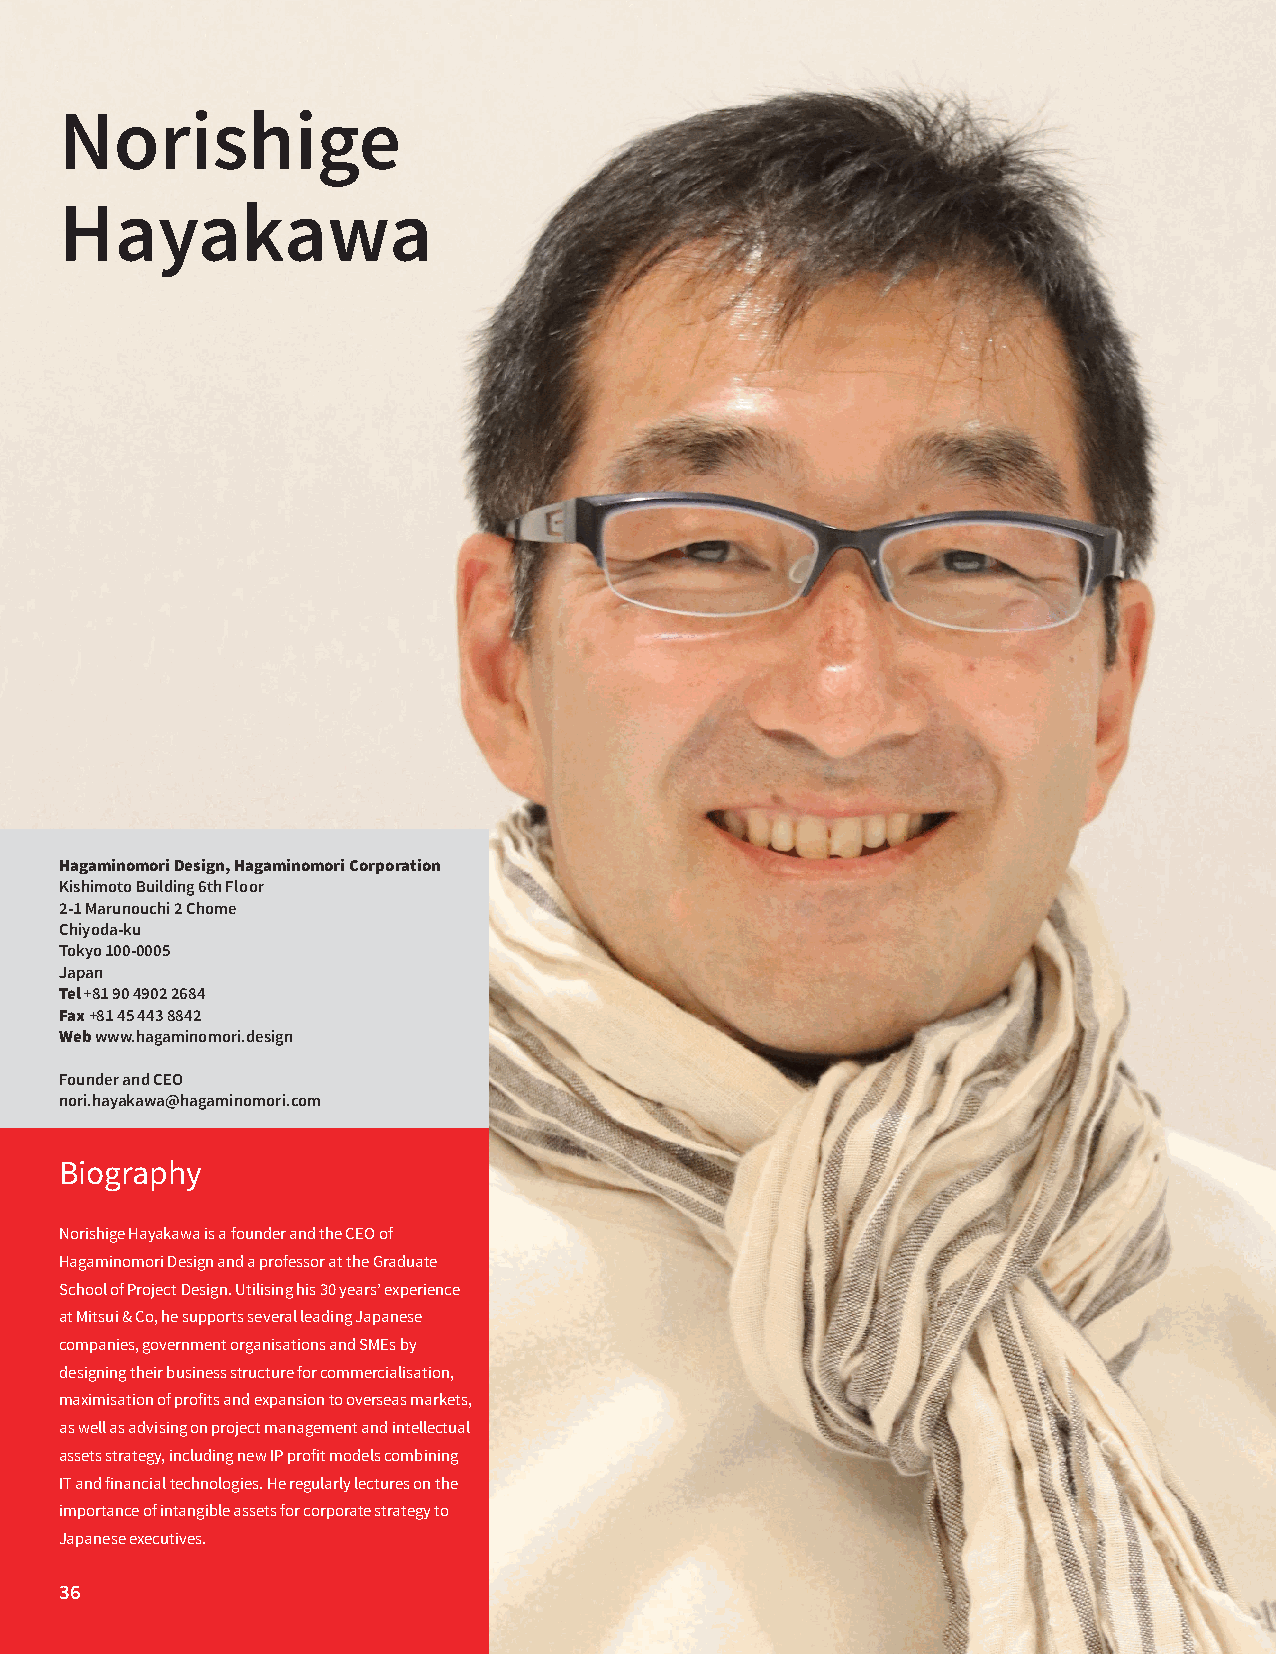
Norishige
 Hayakawa
 Hagaminomori Design, Hagaminomori Corporation
 Kishimoto Building 6th Floor
 2-1 Marunouchi 2 Chome
 Chiyoda-ku
 Tokyo 100-0005
 Japan
 Tel +81 90 4902 2684
 Fax +81 45 443 8842
 Web www.hagaminomori.design
 Founder and CEO
 nori.hayakawa@hagaminomori.com
 Biography
 Norishige Hayakawa is a founder and the CEO of
 Hagaminomori Design and a professor at the Graduate
 School of Project Design. Utilising his 30 years’ experience
 at Mitsui & Co, he supports several leading Japanese
 companies, government organisations and SMEs by
 designing their business structure for commercialisation,
 maximisation of profits and expansion to overseas markets,
 as well as advising on project management and intellectual
 assets strategy, including new IP profit models combining
 IT and financial technologies. He regularly lectures on the
 importance of intangible assets for corporate strategy to
 Japanese executives.
 36